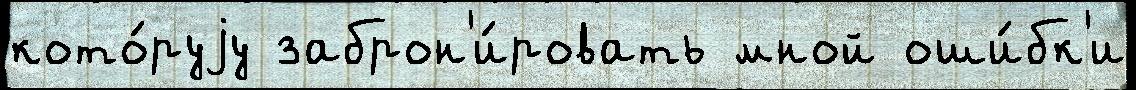
кото́руjу заброн'и́ровать мной оши́бк'и